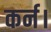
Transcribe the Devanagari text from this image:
कर्न।